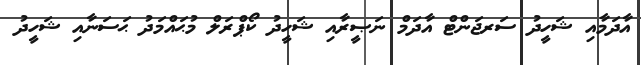
އާދަމާއި ޝަހީދު ސަރޖަންޓް އާދަމް ނަޞީރާއި ޝަހީދު ކޯޕްރަލް މުޙައްމަދު ޙަސަނާއި ޝަހީދު